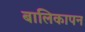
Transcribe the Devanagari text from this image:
बालिकापन